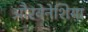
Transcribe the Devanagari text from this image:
औरवेनेशिया